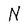
Character: N